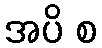
အပိ စ